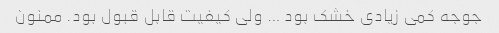
جوجه کمی زیادی خشک بود … ولی کیفیت قابل قبول بود. ممنون